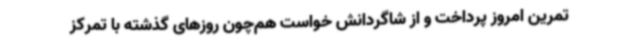
تمرین امروز پرداخت و از شاگردانش خواست هم‌چون روزهای گذشته با تمرکز